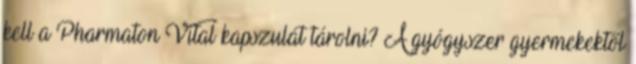
kell a Pharmaton Vital kapszulát tárolni? A gyógyszer gyermekektől